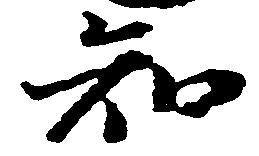
知